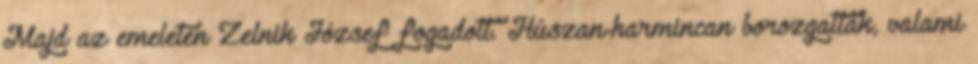
Majd az emeleten Zelnik József fogadott. Húszan-harmincan bo­roz­­gattak, valami